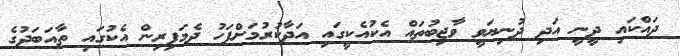
ދައްކައި ދީނީ އަދި ދުނިޔަވީ ވާޖިބުތައް އެކުއެކީގައި އަދާކުރުމަށްފަހު ދެމަފިރިން އެކުގައި ތާއަބަދުގެ